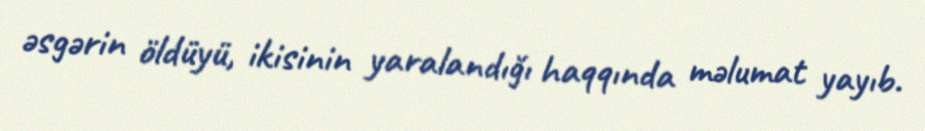
əsgərin öldüyü, ikisinin yaralandığı haqqında məlumat yayıb.